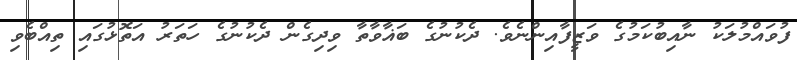
ފުވައްމުލަކު ނާއިބުކަމުގެ ވަޒީފާއިންނެވެ. ދެކުނުގެ ބަޣާވާތާ ވިދިގެން ދެކުނުގެ ހަތަރު އަތޮޅުގައި ތިއްބެވި